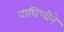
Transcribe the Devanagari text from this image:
वाघिणीने